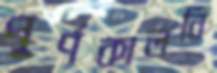
পূর্ণকালনি